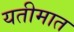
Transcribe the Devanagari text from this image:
यतीमात